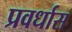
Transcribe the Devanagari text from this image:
प्रवर्धास